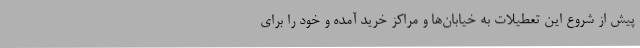
پیش از شروع این تعطیلات به خیابان‌ها و مراکز خرید آمده و خود را برای